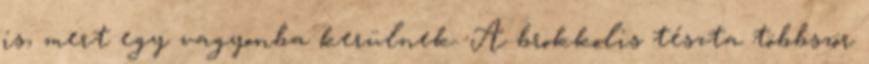
is, mert egy vagyonba kerülnek. A brokkolis tészta többször